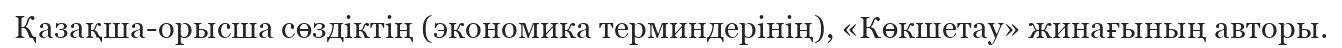
Қазақша-орысша сөздіктің (экономика терминдерінің), «Көкшетау» жинағының авторы.